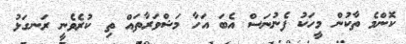
ކޮންމެ ތާކުން މީހަކު ފެނުނަސް އެބަ އަހާ މަޝްވަރާތައް ތި ކުރެވެނީ ރަނގަޅު